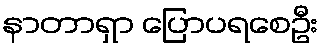
နာတာရှာ ပြောပရစေဦး